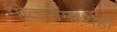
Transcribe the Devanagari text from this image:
मोटारींमध्येही